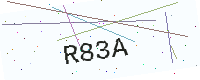
Text: R83A